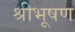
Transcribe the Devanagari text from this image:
श्रीभूषण